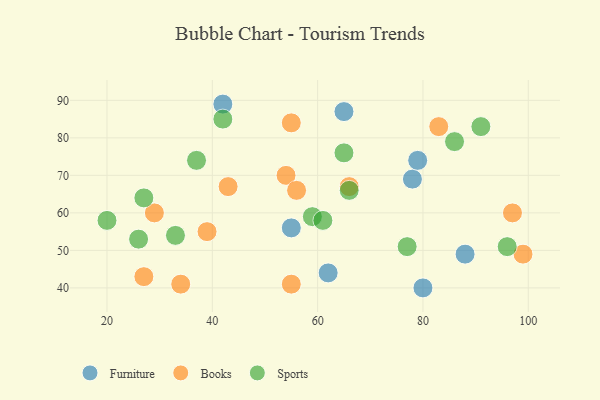
{"axis": {"x": "GDP", "y": "Life Expectancy"}, "legend": ["Books", "Furniture", "Sports"], "data": [{"x": "62", "y": 44, "type": "Furniture"}, {"x": "65", "y": 87, "type": "Furniture"}, {"x": "42", "y": 89, "type": "Furniture"}, {"x": "80", "y": 40, "type": "Furniture"}, {"x": "55", "y": 56, "type": "Furniture"}, {"x": "78", "y": 69, "type": "Furniture"}, {"x": "88", "y": 49, "type": "Furniture"}, {"x": "79", "y": 74, "type": "Furniture"}, {"x": "54", "y": 70, "type": "Books"}, {"x": "27", "y": 43, "type": "Books"}, {"x": "34", "y": 41, "type": "Books"}, {"x": "56", "y": 66, "type": "Books"}, {"x": "55", "y": 84, "type": "Books"}, {"x": "55", "y": 41, "type": "Books"}, {"x": "99", "y": 49, "type": "Books"}, {"x": "97", "y": 60, "type": "Books"}, {"x": "39", "y": 55, "type": "Books"}, {"x": "43", "y": 67, "type": "Books"}, {"x": "66", "y": 67, "type": "Books"}, {"x": "29", "y": 60, "type": "Books"}, {"x": "83", "y": 83, "type": "Books"}, {"x": "96", "y": 51, "type": "Sports"}, {"x": "59", "y": 59, "type": "Sports"}, {"x": "86", "y": 79, "type": "Sports"}, {"x": "37", "y": 74, "type": "Sports"}, {"x": "20", "y": 58, "type": "Sports"}, {"x": "61", "y": 58, "type": "Sports"}, {"x": "77", "y": 51, "type": "Sports"}, {"x": "91", "y": 83, "type": "Sports"}, {"x": "66", "y": 66, "type": "Sports"}, {"x": "33", "y": 54, "type": "Sports"}, {"x": "42", "y": 85, "type": "Sports"}, {"x": "65", "y": 76, "type": "Sports"}, {"x": "26", "y": 53, "type": "Sports"}, {"x": "27", "y": 64, "type": "Sports"}]}